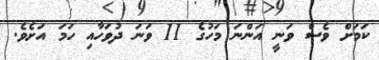
ކަމަށް ވެސް ވަނީ އަންނަ މަހުގެ 11 ވަނަ ދުވަހާއި ހަމަ އަށެވެ.